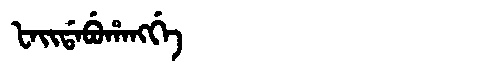
Manchu: ᡶᠠᡳᡩᠠᠪᡠᡥᠠᠩᡤᡝ
Romanization: FAIDABUHANGGE